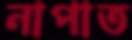
নাপাত